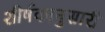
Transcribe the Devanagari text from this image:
शीर्षकानुसारी